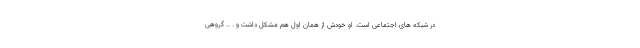
در شبکه های اجتماعی است. او خودش از همان اول هم مشکل داشت و . .. گروهی